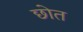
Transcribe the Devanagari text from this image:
छोत